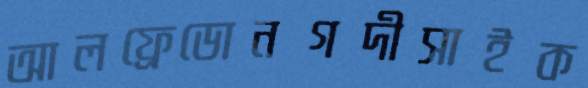
আলফ্রেডোনগদীসাইক